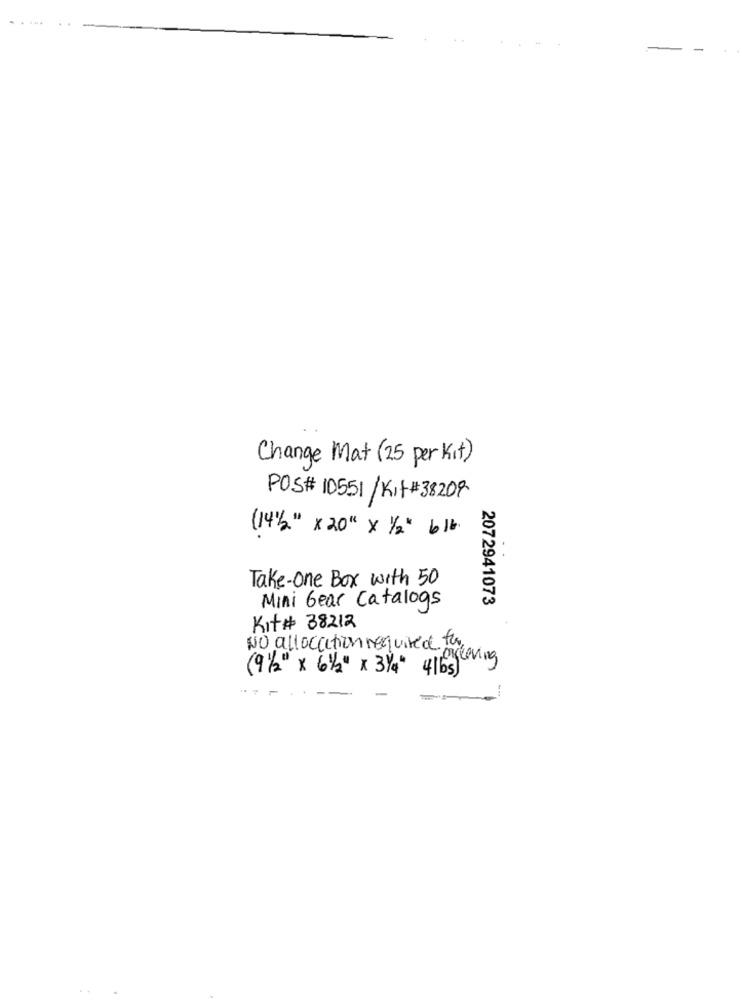
Change Mat (25 per Kit)
POS# 10551/Kit #38209
(141/2" x 20" x 1/2" 6 1b.
Take-one Box with 50
Mini Gear Catalogs
2072941073
Kit# 38212
NO allocation required priceving
(91/2" x 61/2" x 3/4" 41bs)